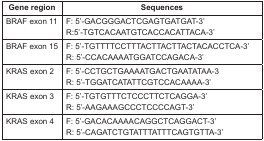
| Gene region | Sequences |
 | --- | --- |
 | BRAF exon 11 | F: 5’-GACGGGACTCGAGTGATGAT-3’R:5’-TGTCACAATGTCACCACATTACA-3’ |
 | BRAF exon 15 | F: 5’-TGTTTTCCTTTACTTACTTACTACACCTCA-3’R: 5’-CCACAAAATGGATCCAGACA-3’ |
 | KRAS exon 2 | F: 5’-CCTGCTGAAAATGACTGAATATAA-3R: 5’-TGGATCATATTCGTCCACAAAA-3’ |
 | KRAS exon 3 | F: 5’-TGTGTTTCTCCCTTCTCAGGA-3’R: 5’-AAGAAAGCCCTCCCCAGT-3’ |
 | KRAS exon 4 | F: 5’-GACACAAAACAGGCTCAGGACT-3’R: 5’-CAGATCTGTATTTATTTCAGTGTTA-3’ |